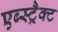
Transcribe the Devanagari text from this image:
एब्स्ट्रैक्ट